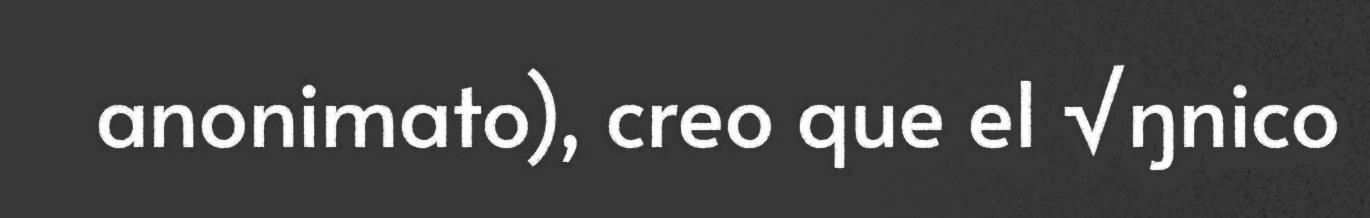
anonimato), creo que el √ŋnico